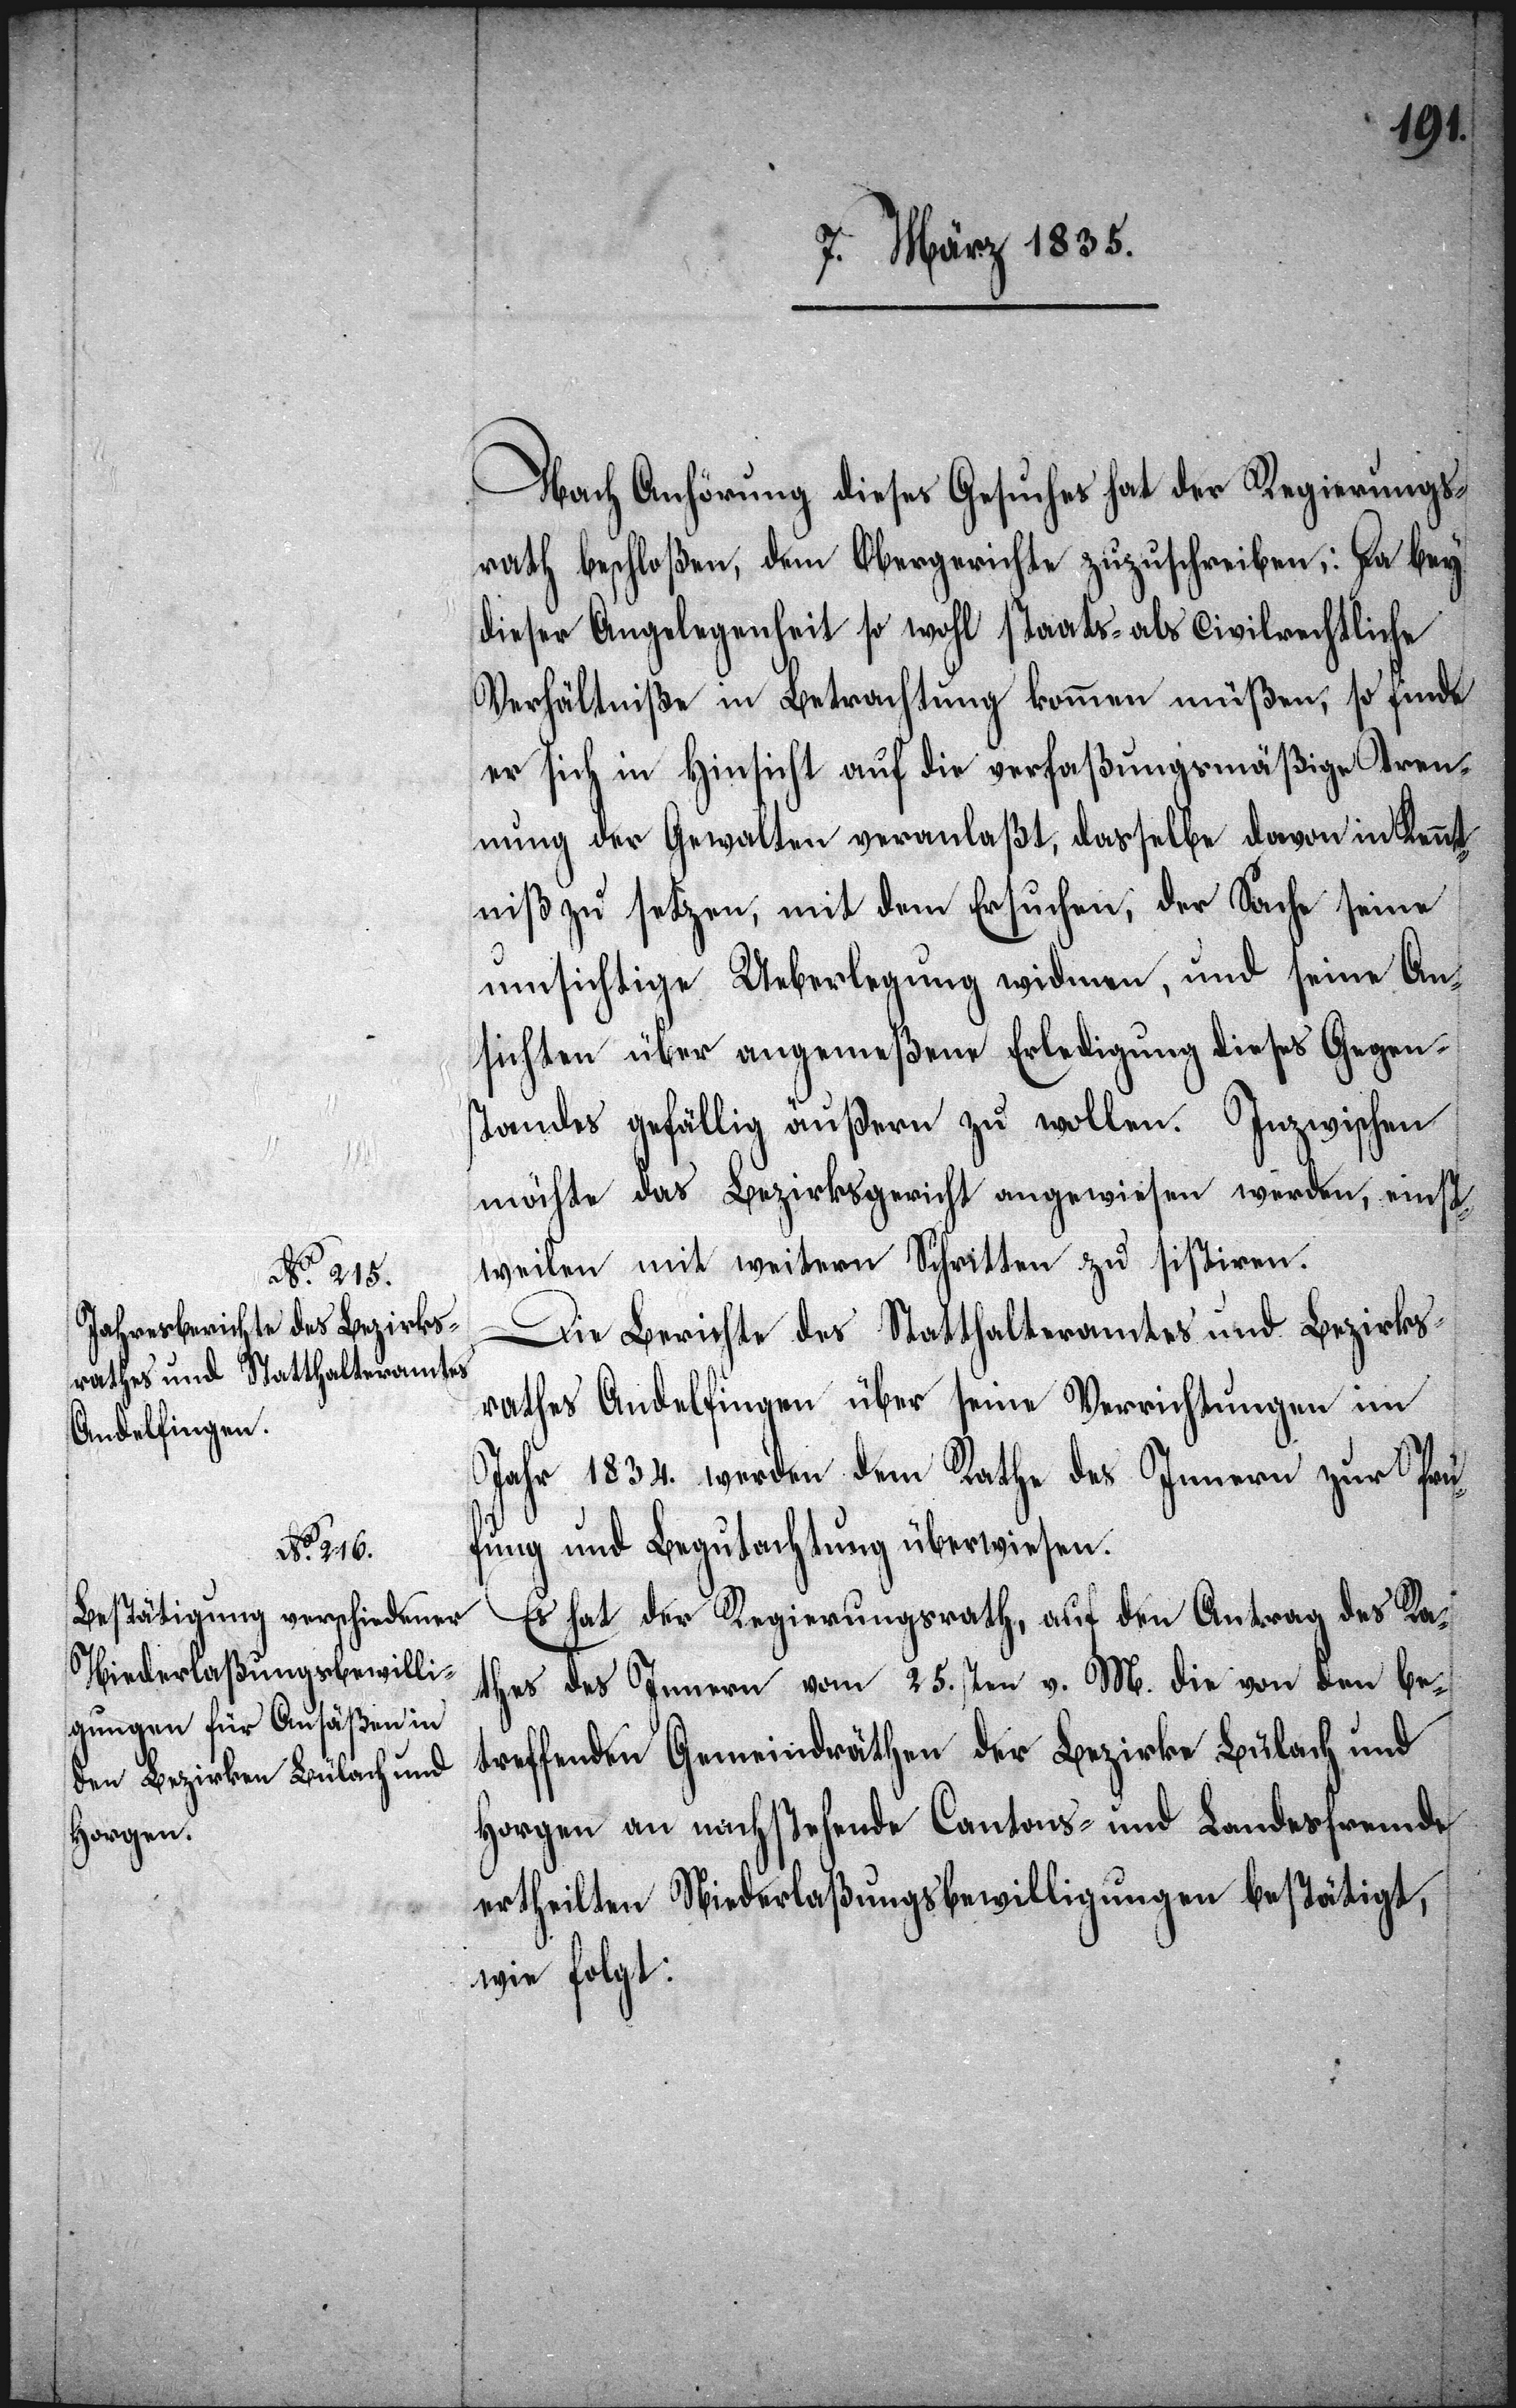
Nach Anhörung dieses Gesuches hat der Regierungs¬
rath beschloßen, dem Obergerichte zuzuschreiben: Da bey
dieser Angelegenheit so wohl Staats- als Civilrechtliche
Verhältniße in Betrachtung kommen müßen, so finde
er sich in Hinsicht auf die verfaßungsmäßige Tren¬
nung der Gewalten veranlaßt, dasselbe davon in Kennt¬
niß zu setzen, mit dem Ersuchen, der Sache seine
umsichtige Ueberlegung widmen, und seine An¬
sichten über angemeßene Erledigung dieses Gegen¬
standes gefällig äußern zu wollen. Inzwischen
möchte das Bezirksgericht angewiesen werden, einst¬
weilen mit weitern Schritten zu sistiren.
Die Berichte des Statthalteramtes und Bezirks¬
rathes Andelfingen über seine Verrichtungen im
Jahr 1834. werden dem Rathe des Innern zur Prü¬
fung und Begutachtung überwiesen.
Es hat der Regierungsrath, auf den Antrag des Ra¬
thes des Innern vom 25.sten v. M. die von den be¬
treffenden Gemeindräthen der Bezirke Bülach und
Horgen an nachstehende Cantons- und Landesfremde
ertheilten Niederlaßungsbewilligungen bestätigt,
wie folgt: